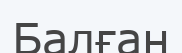
Балған